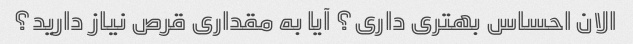
الان احساس بهتری داری؟ آیا به مقداری قرص نیاز دارید؟